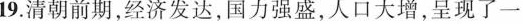
19.清朝前期，经济发达，国力强盛，人口大增，呈现了一